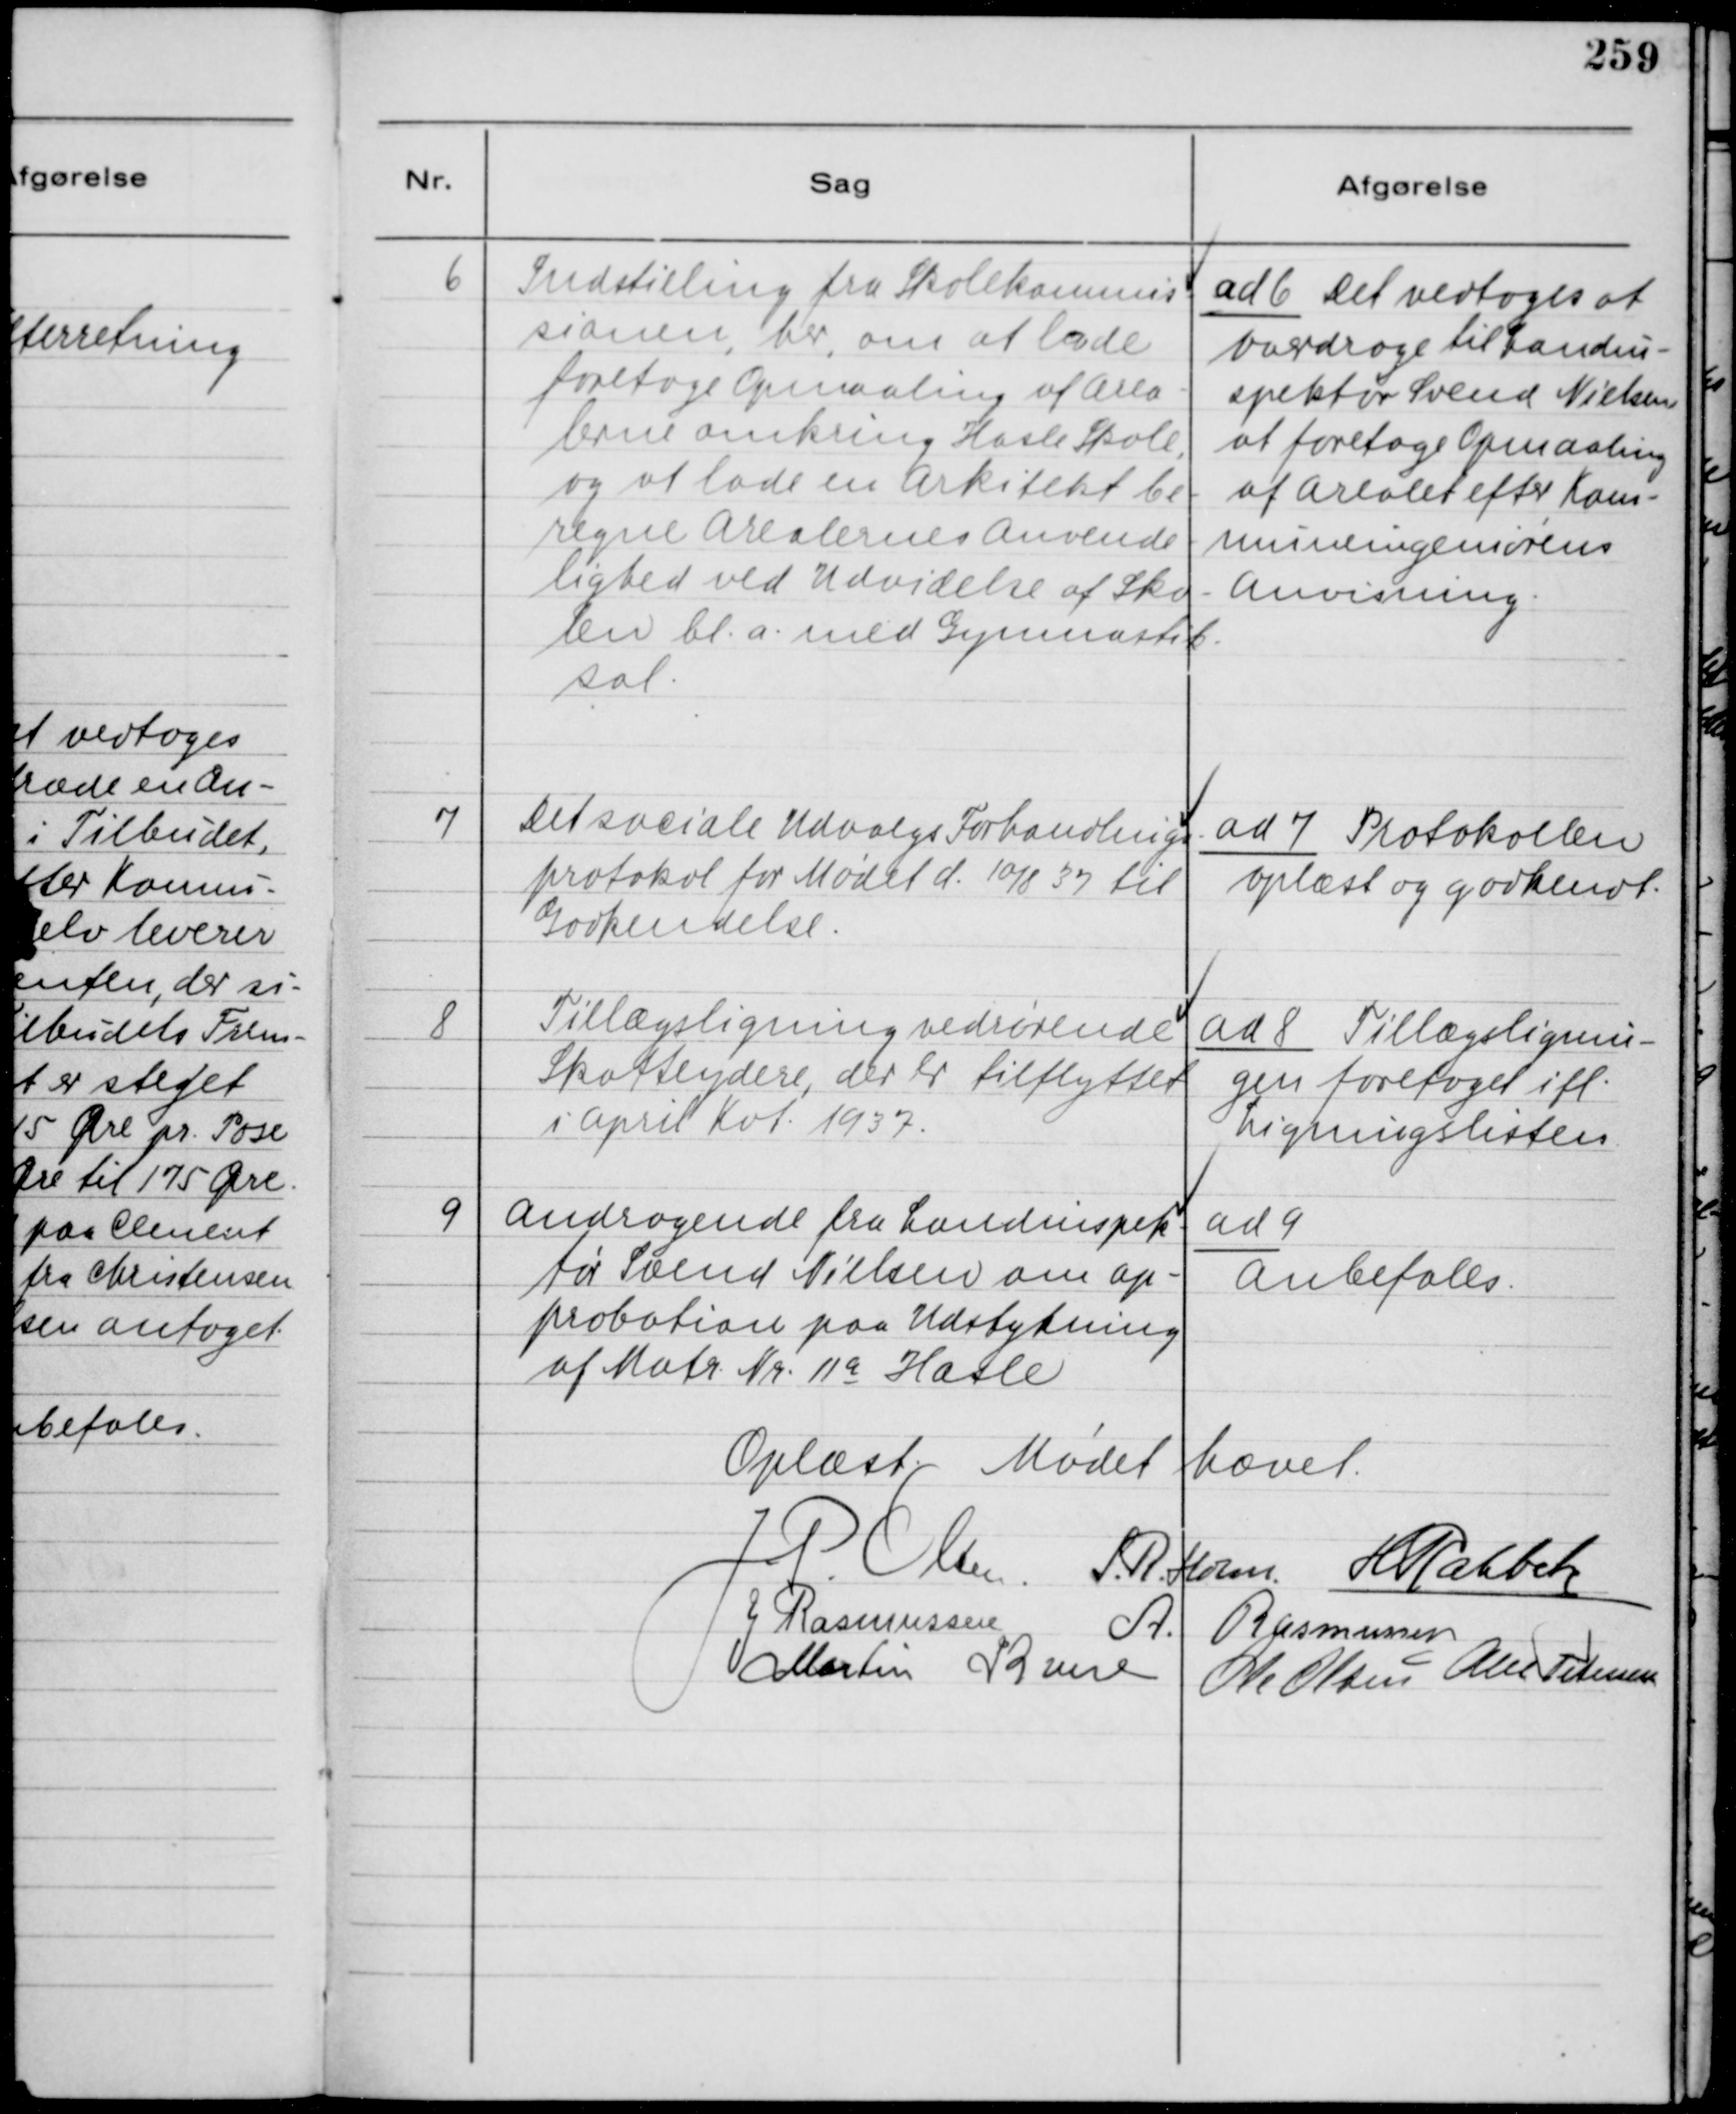
Transskription:
6
Indstilling fra Skolekommis-
sionen, her, om at lade
foretage Opmaaling af Area-
lerne omkring Hasle Skole,
og at lade en Arkitekt be-
regne Arealernes Anvende-
lighed ved Udvidelse af Sko-
len bl. a. med Gymnastik-
sal.

ad 6 Det vedtoges at
overdrage til Landin-
spektør Svend Nielsen,
at foretage Opmaaling
af Arealet efter Kom-
muneingeniørens
Anvisning.

7
Det sociale Udvalgs Forhandlings-
protokol for Mødet d. 10/8 37 til
Godkendelse.

ad 7 Protokollen
oplæst og godkendt.

8
Tillægsligning vedrørende
Skatteydere, der er tilflyttet
i April Kvt. 1937.

ad 8 Tillægslignin-
gen foretaget ift.
Ligningslisten.

9
Andragende fra Landinspek-
tør Svend Nielsen om Ap-
probation paa Udstykning
af Matr. Nr. 11 a Hasle

ad 9
Anbefales.

Oplæst. Mødet hævet
J. P Olsen.
S. R. Holm
H. Rahbek
J Rasmussen
A. Rasmussen
Martin Kruse
Ole Olsen
Alex Petersen